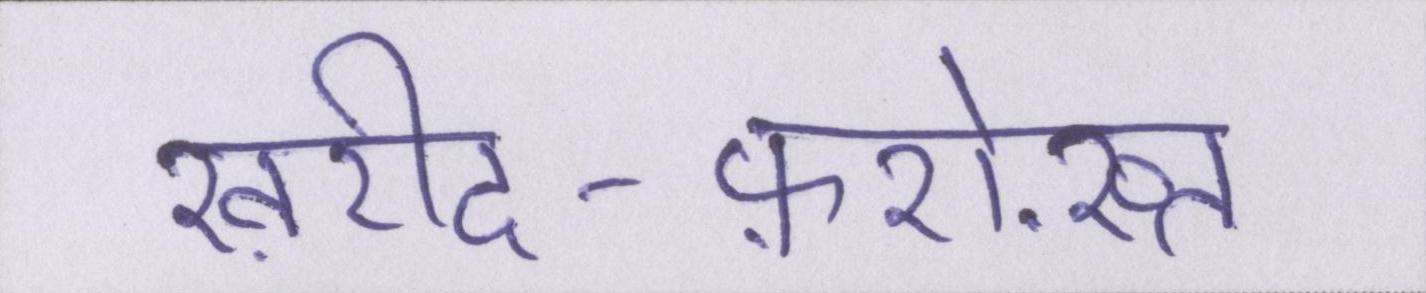
ख़रीद-फ़रोख़्त